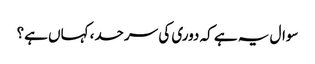
سوال یہ ہے کہ دوری کی سرحد، کہاں ہے؟